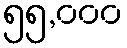
၅၅,၀၀၀